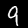
Label: 9